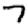
Digit: 7